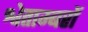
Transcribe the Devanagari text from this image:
श्वेताम्बरों